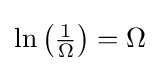
\ln \left({\tfrac {1}{\Omega }}\right)=\Omega